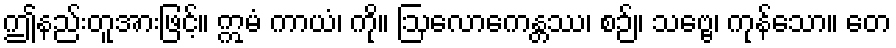
ဤနည်းတူအားဖြင့်။ ဣမံ ကာယံ၊ ကို။ ဩလောကေန္တဿ၊ စဉ်။ သဗ္ဗေ၊ ကုန်သော။ တေ